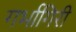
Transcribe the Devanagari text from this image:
गर्भागिरी